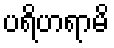
ပရိဟရာမိ